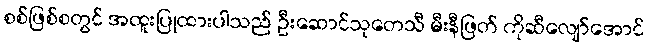
စစ်ဖြစ်စတွင် အထူးပြုထားပါသည် ဦးဆောင်သုတေသီ မီးနီဖြတ် ကိုဆီလျော်အောင်